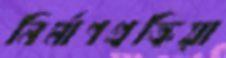
নির্মাণপ্রক্রিয়া